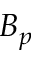
B _ { p }